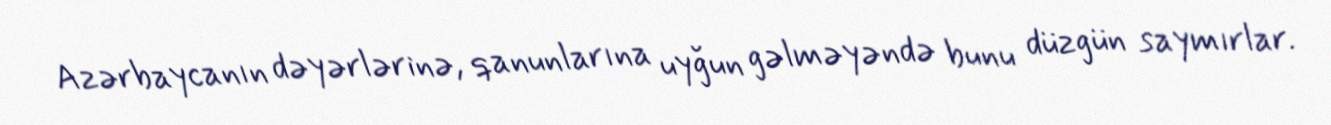
Azərbaycanın dəyərlərinə, qanunlarına uyğun gəlməyəndə bunu düzgün saymırlar.